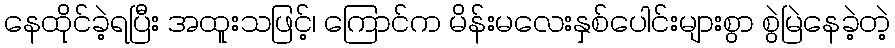
နေထိုင်ခဲ့ရပြီး အထူးသဖြင့်၊ ကြောင်က မိန်းမလေးနှစ်ပေါင်းများစွာ စွဲမြဲနေခဲ့တဲ့